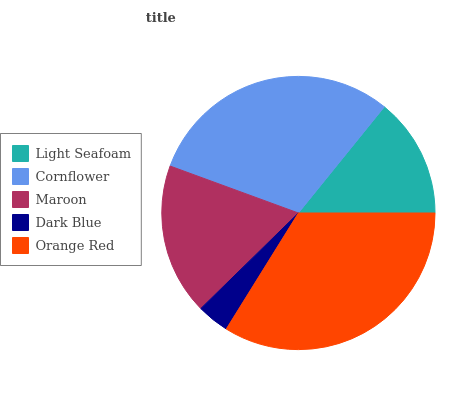
| Light Seafoam | Cornflower | Maroon | Dark Blue | Orange Red |
 | --- | --- | --- | --- | --- |
 | 14.1% | 30.2% | 18% | 3.82% | 33.9% |